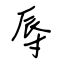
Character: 辱